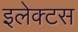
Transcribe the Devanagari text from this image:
इलेक्टस